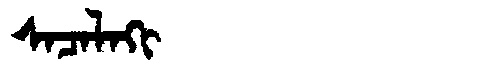
Manchu: ᠰᠠᠴᠠᠯᠠᡴᡳ
Romanization: SACALAKI